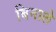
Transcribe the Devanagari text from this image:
बिनाले